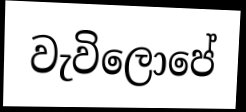
වැවිලොපේ